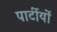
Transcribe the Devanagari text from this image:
पार्टीयों